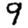
Digit: 9